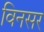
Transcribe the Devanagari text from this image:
विनसर